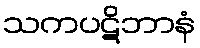
သကပဋိဘာနံ